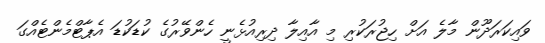
ވައިކަރަދޫން މާލެ އަށް ހިޖުރަކުރި މި އާއިލާ ދިރިއުޅެނީ ހެންވޭރުގެ ކުޑަކުޑަ އެޕާޓްމެންޓެއްގަ